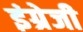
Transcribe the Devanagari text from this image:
इंग्रेजी